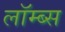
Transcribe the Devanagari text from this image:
लॉम्ब्स